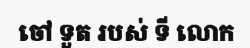
ចៅ ទួត របស់ ទី លោក